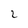
Character: 2